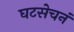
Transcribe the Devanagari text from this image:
घटसेचनं